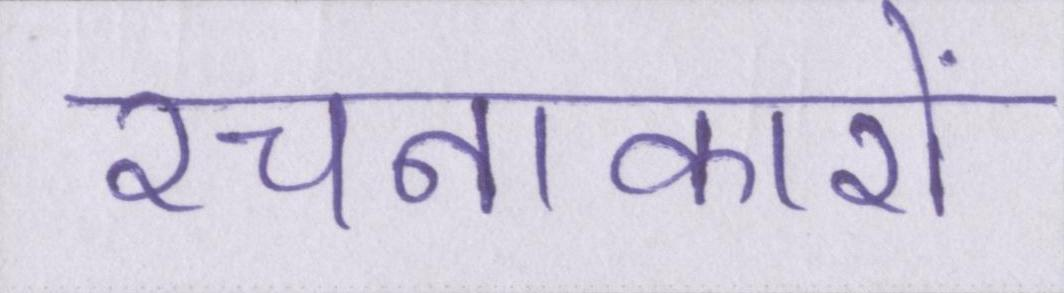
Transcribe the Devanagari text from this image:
रचनाकारों